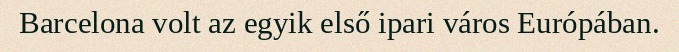
Barcelona volt az egyik első ipari város Európában.